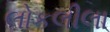
લોકલીલા